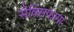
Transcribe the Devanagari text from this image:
सैक्सिफागा